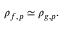
\rho _ { f , p } \simeq \rho _ { g , p } .